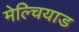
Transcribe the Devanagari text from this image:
मेल्चियाड